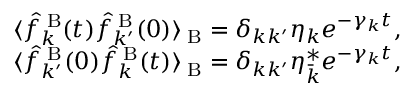
\begin{array} { r } { \langle \hat { f } _ { k } ^ { \mathrm { \tiny ~ B } } ( t ) \hat { f } _ { k ^ { \prime } } ^ { \mathrm { \tiny ~ B } } ( 0 ) \rangle _ { \mathrm { \tiny ~ B } } = \delta _ { k k ^ { \prime } } \eta _ { k } e ^ { - \gamma _ { k } t } , } \\ { \langle \hat { f } _ { k ^ { \prime } } ^ { \mathrm { \tiny ~ B } } ( 0 ) \hat { f } _ { k } ^ { \mathrm { \tiny ~ B } } ( t ) \rangle _ { \mathrm { \tiny ~ B } } = \delta _ { k k ^ { \prime } } \eta _ { \bar { k } } ^ { \ast } e ^ { - \gamma _ { k } t } , } \end{array}